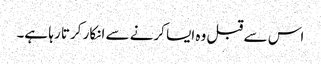
اس سے قبل وہ ایسا کرنے سے انکار کرتا رہا ہے۔